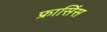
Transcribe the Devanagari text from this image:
फ्रासिंस